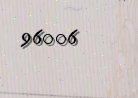
96006